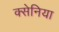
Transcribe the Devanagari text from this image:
क्सेनिया